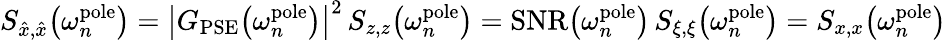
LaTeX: S_{\hat{x},\hat{x}}\big(\omega_{n}^{\mathrm{pole}}\big)=\bigl|G_{\mathrm{PSE}}\big(\omega_{n}^{\mathrm{pole}}\big)\bigr|^{2}\, S_{z,z}\big(\omega_{n}^{\mathrm{pole}}\big)=\mathrm{SNR}\big(\omega_{n}^{\mathrm{pole}}\big)\, S_{\xi,\xi}\big(\omega_{n}^{\mathrm{pole}}\big)=S_{x,x}\big(\omega_{n}^{\mathrm{pole}}\big)